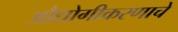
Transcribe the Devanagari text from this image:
औद्योगीकरणाचे